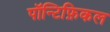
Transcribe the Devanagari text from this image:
पॉन्टिफ़िकल